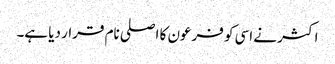
اکثر نے اسی کو فرعون کا اصلی نام قرار دیا ہے۔